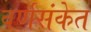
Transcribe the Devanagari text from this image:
वर्णसंकेत